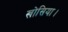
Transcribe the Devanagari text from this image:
खोसिया।